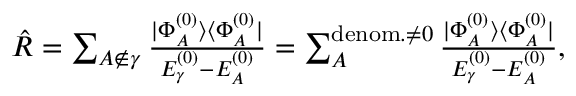
\begin{array} { r } { \hat { R } = \sum _ { A \notin \gamma } \frac { | \Phi _ { A } ^ { ( 0 ) } \rangle \langle \Phi _ { A } ^ { ( 0 ) } | } { E _ { \gamma } ^ { ( 0 ) } - E _ { A } ^ { ( 0 ) } } = \sum _ { A } ^ { \mathrm { d e n o m . } \neq 0 } \frac { | \Phi _ { A } ^ { ( 0 ) } \rangle \langle \Phi _ { A } ^ { ( 0 ) } | } { E _ { \gamma } ^ { ( 0 ) } - E _ { A } ^ { ( 0 ) } } , } \end{array}